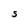
Character: S